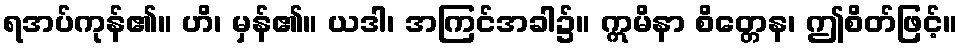
ရအပ်ကုန်၏။ ဟိ၊ မှန်၏။ ယဒါ၊ အကြင်အခါ၌။ ဣမိနာ စိတ္တေန၊ ဤစိတ်ဖြင့်။